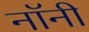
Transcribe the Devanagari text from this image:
नॉनी